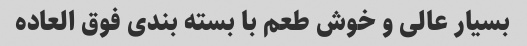
بسیار عالی و خوش طعم با بسته بندی فوق العاده